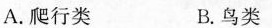
A.爬行类 B.鸟类